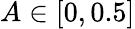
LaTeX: A\in[0,0.5]